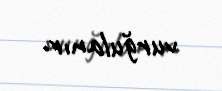
vurğulanır.